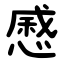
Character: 㥻